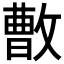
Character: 𪯓